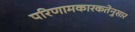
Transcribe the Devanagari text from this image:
परिणामकारकतेनुसार